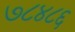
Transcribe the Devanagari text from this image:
७८४८६